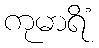
ကုမာရိံ